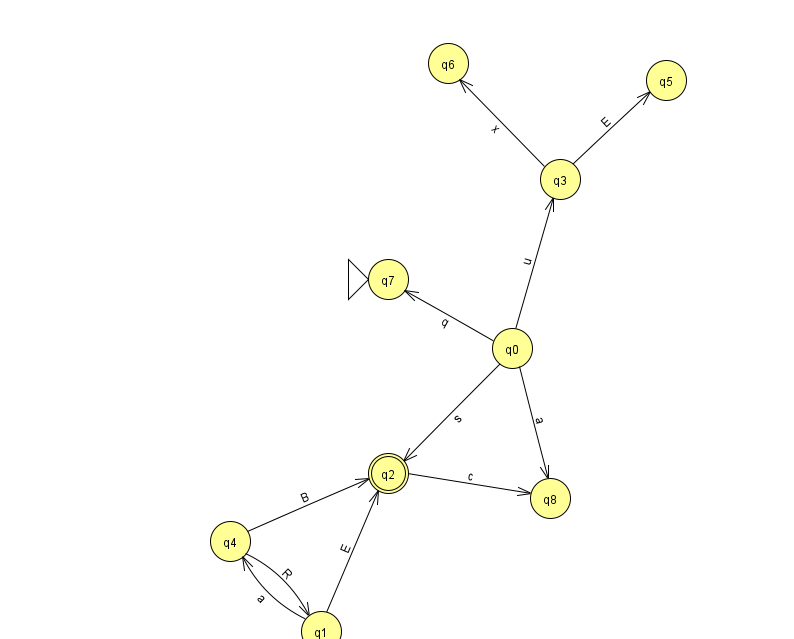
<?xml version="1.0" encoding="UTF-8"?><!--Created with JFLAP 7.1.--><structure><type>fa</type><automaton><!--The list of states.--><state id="0" name="q0"><x>512.0</x><y>335.0</y></state><state id="1" name="q1"><x>321.0</x><y>618.0</y></state><state id="2" name="q2"><x>388.0</x><y>460.0</y><final/></state><state id="3" name="q3"><x>560.0</x><y>166.0</y></state><state id="4" name="q4"><x>230.0</x><y>528.0</y></state><state id="5" name="q5"><x>666.0</x><y>67.0</y></state><state id="6" name="q6"><x>448.0</x><y>50.0</y></state><state id="7" name="q7"><x>388.0</x><y>266.0</y><initial/></state><state id="8" name="q8"><x>550.0</x><y>485.0</y></state><!--The list of transitions.--><transition><from>3</from><to>5</to><read>E</read></transition><transition><from>1</from><to>4</to><read>a</read></transition><transition><from>4</from><to>1</to><read>R</read></transition><transition><from>0</from><to>7</to><read>q</read></transition><transition><from>0</from><to>3</to><read>u</read></transition><transition><from>0</from><to>8</to><read>a</read></transition><transition><from>2</from><to>8</to><read>c</read></transition><transition><from>3</from><to>6</to><read>x</read></transition><transition><from>4</from><to>2</to><read>B</read></transition><transition><from>0</from><to>2</to><read>s</read></transition><transition><from>1</from><to>2</to><read>E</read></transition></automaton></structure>